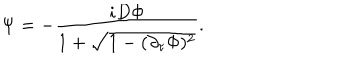
\Psi = - { \frac { i D \Phi } { 1 + \sqrt { 1 - ( \partial _ { \tau } \Phi ) ^ { 2 } } } } .